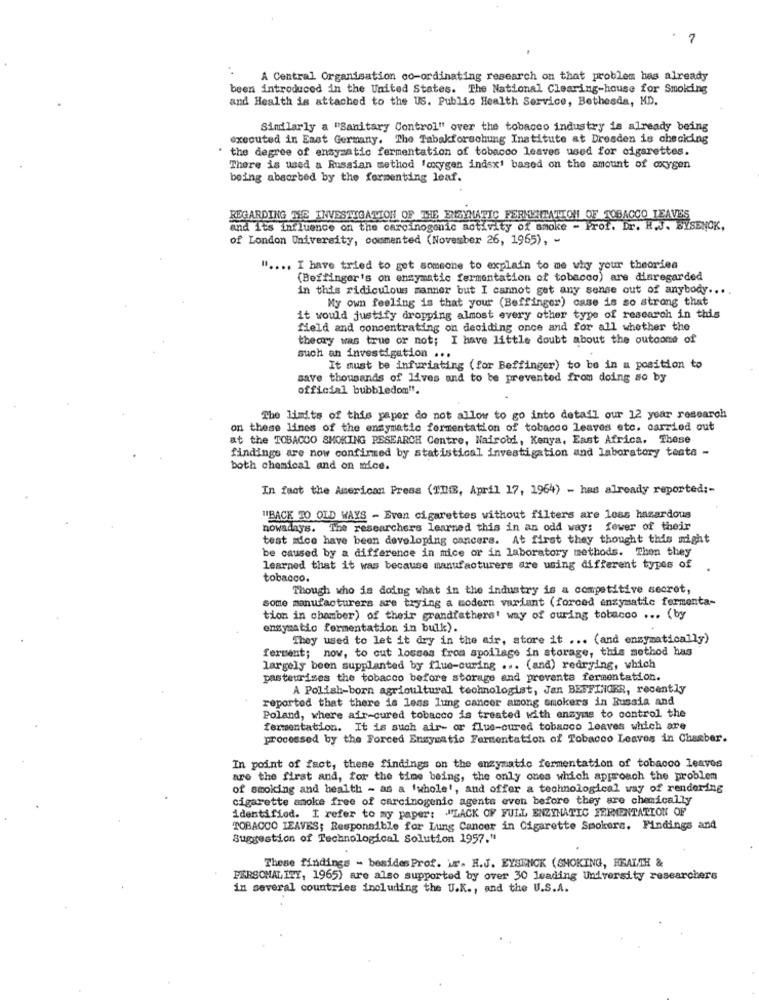
A Central Organisation co-ordinating research on that problem has already
been introduced in the United States. The National Clearing-house for Smoking
and Health is attached to the US. Public Health Service, Bethesda, MD.
Sindlarly a "Sanitary Control" over the tobacco industry is already being
executed in East Germany. The Tabakforschung Institute at Dresden is checking
the degree of ensysatic fermentation of tobacco leaves used for cigarettes.
There is used a Russian method 'oxygen indsx' based on the amount of oxygen
being absorbed by the fermenting leaf.
REGARDING THE INVESTIGATION OF THE ENZYMATIC FERMENTATION OF TOBACCO LEAVES
and its influence on the carcinogenic activity of smoke - Prof. Dr. H.J. BYSENOK,
of London University, commented (November 26, 1965), -
" .... I have tried to get someone to explain to me why your theorien
(Beffinger's on enzymatic fermentation of tobacco) are disregarded
in this ridiculous manner but I cannot get any sense out of anybody ....
My own feeling is that your (Beffinger) case is so strong that
it would justify dropping almost every other type of research in this
field and concentrating on deciding once and for all whether the
theory was true or not; I have little doubt about the outcome of
such an investigation ...
It must be infuriating (for Beffinger) to be in a position to
save thousands of lives and to be prevented from doing so by
official bubbledom".
The limits of this paper do not allow to go into detail our 12 year research
on these lines of the enzymatic fermentation of tobacco leaves etc. carried out
at the TOBACCO SMOKING RESEARCH Centre, Nairobi, Kenya, East Africa. These
findings are now confirmed by statistical investigation and laboratory testa -
both chemical and on nice.
In fact the American Press (II, April 17, 1964) - has already reported :-
"BACK TO OLD WAYS - Even cigarettes without filters are less hazardous
nowadays. The researchers learned this in an odd way: fewer of their
test mice have been developing cancers. At first they thought this might
be caused by a difference in mice or in laboratory methods. Then they
learned that it was because manufacturers are using different types of
tobacco.
Though who is doing what in the industry is a competitive secret,
some manufacturers are trying a modern variant (forced enzymatic fermenta-
tion in chamber) of their grandfathers' way of ouring tobacco ... (by
ensymatio fermentation in bulk).
They used to let it dry in the air, store it ... (and enzymatically)
ferment; now, to cut losses froa spoilage in storage, this method has
largely been supplanted by flue-curing ... (and) redrying, which
pasteurises the tobacco before storage and prevents fermentation.
A Polish-born agricultural technologist, Jan BEFFINGER, recently
reported that there is less lung cancer among smokers in Russia and
Poland, where air-cured tobacco is treated with enzyme to control the
fermentation. It is such air- or flue-cured tobacco leaves which are
processed by the Forced Enzymatic Fermentation of Tobacco Leaves in Chamber.
In point of fact, these findings on the enzymatic fermentation of tobacco leaves
are the first and, for the time being, the only ones which approach the problem
of smoking and health - as a 'whole', and offer a technological way of rendering
cigarette smoke free of carcinogenic agents even before they are chemically
identifiod. I refer to my paper: "LACK OF FULL ENZYMATIC FERMENTATION OF
TOBACCO LEAVES; Responsible for Lung Cancer in Cigarette Smokers. Findings and
Suggestion of Technological Solution 1957."
These findings - besides Prof. ir. H.J. EYSENCK (SMOKING, HEALTH &
PERSONALITY, 1965) are also supported by over 30 leading University researchers
in several countries including the U.K ., and the U.S.A.